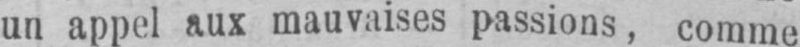
un appel aux mauvaises passions, comme